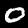
Digit: 0